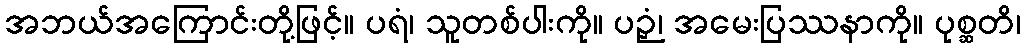
အဘယ်အကြောင်းတို့ဖြင့်။ ပရံ၊ သူတစ်ပါးကို။ ပဉှံ၊ အမေးပြဿနာကို။ ပုစ္ဆတိ၊